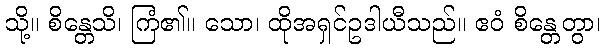
သို့။ စိန္တေသိ၊ ကြံ၏။ သော၊ ထိုအရှင်ဥဒါယီသည်။ ဧဝံ စိန္တေတွာ၊